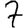
Digit: 7